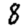
Digit: 8